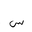
Letter: _sin